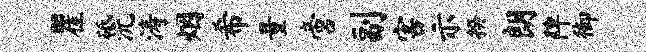
瞿砥沅涛烟希量啻副害示揆朗陴御